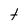
Character: t